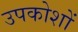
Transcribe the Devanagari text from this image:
उपकोशों